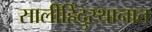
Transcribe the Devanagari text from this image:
सालीहिंदुस्थानात